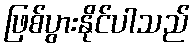
ဖြစ်ပွားနိုင်ပါသည်